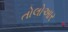
તોલોઆર